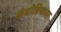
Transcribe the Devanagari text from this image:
कंबोडियावर